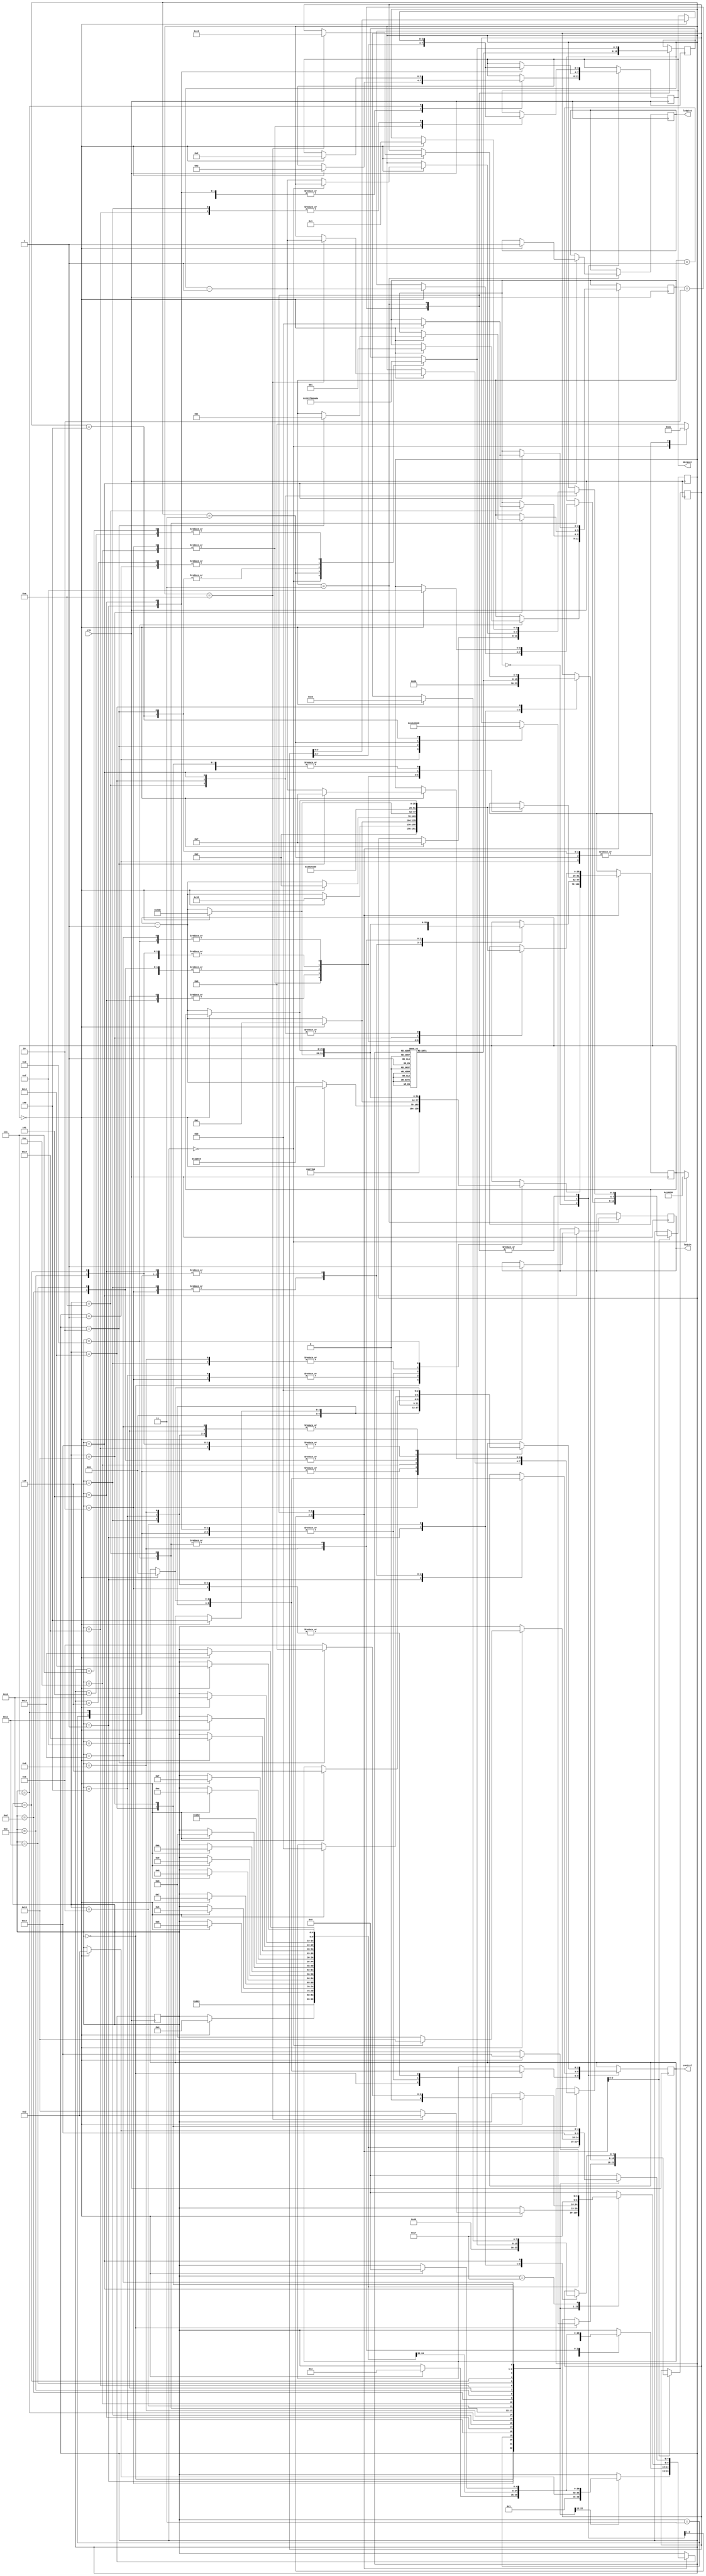
`timescale 1ns / 1ps
//////////////////////////////////////////////////////////////////////////////////
// Company: Daryoush Enterprises
//
//////////////////////////////////////////////////////////////////////////////////
module PowerInit(clk,dataout,control,ledpin,ledpin2);
	input clk;
	output reg [3:0] dataout;//SF_D
	output reg [2:0] control; //LCD_E,LCD_RS,LCD_RW
	reg [7:0]  DR;
	reg [3:0]  sel=4;
	reg [25:0] delay=0;
	reg [2:0]  stage=0;//0=Power Init, 1=Display Config, 2=Writing data, 3=disable
	reg [4:0]  state=0;//state within each stage
	reg [7:0]  MUX;
	output reg ledpin = 0;
	output reg ledpin2 = 0;
	
	
	always @(posedge clk)
	begin
		case(stage)
		0: begin
				case(state)
					//Wait 15 ms or longer, e.g., 750,000 clock cycles at 50 MHz
					0: begin delay <= 750_000; state<=1;  control<=0; 														end

					//SF_D<11:8> = 0x03, LCD_E = high for 12 clock cycles
					1: begin if(delay==0) begin delay<=12; 			state<=2; control<=3'h4; dataout<=4'h3; 	end
								else delay <= delay-1; 																				end

					//Wait 4.1 ms or longer, 205,000 clock cycles
					2: begin if(delay==0) begin delay <= 205_000; 	state<=3; control<=0; 							end
								else delay <= delay-1; 																				end

					//SF_D<11:8>=0x03,LCD_E=high for 12 clock cycles
					3: begin if(delay==0) begin delay<=12; 			state<=4; control<=3'h4; dataout<=4'h3; 	end
								else delay <= delay-1;																				end

					//Wait 100 us or longer, 205,000 clock cycles
					4: begin if(delay==0) begin delay <= 205_000; 	state<=5; control <=0; 							end
								else delay <=delay-1; 																				end

					5: begin if(delay==0) begin delay<=12; 			state<=6; control<=3'h4; dataout<=4'h3; 	end
								else delay <=delay-1; 																				end

					6: begin if(delay==0) begin delay <=2_000;		state<=7; control<=0; 							end
								else delay <=delay-1; 																				end

					7: begin if(delay==0) begin delay<=12; 			state<=8; control<=3'h4; dataout<=4'h2; 	end
								else delay <=delay-1; 																				end

					8: begin if(delay==0) begin delay <= 2_000; 		state<=9; control<=0; 							end
								else delay <=delay-1; 																				end

					9: begin if(delay==0) begin 							state <=0; 			stage<=1; 					end 
								else delay <=delay-1; 																				end
				endcase
			end
	
		1: begin 
				case(state)
					0: begin case(sel)
							0: begin state <=10;	delay<=82_000; end
							1: begin state <=1; 	DR<=8'h01; 		end
							2: begin state <=1; 	DR<=8'h0c; 		end
							3: begin state <=1; 	DR<=8'h06;	 	end
							4: begin state <=1; 	DR<=8'h28;	 	end
							default: state <=0;
						endcase end
					1: begin state <=2; control <=0; dataout <= DR[7:4]; delay <=2; end
					2: begin if (delay==0) begin delay <= 12; 	state <= 3; control <= 3'h4; 						end
								else delay <= delay-1; 																				end
					3: begin if (delay==0) begin delay <= 2; 		state <= 4; control <= 0; 							end
								else delay <= delay-1; 																				end
					4: begin if (delay==0) begin delay <= 50; 	state <= 5; 											end
								else delay <= delay-1; 																				end
					5: begin if (delay==0) begin delay <= 2; 		state <= 6; control <= 0; dataout<=DR[3:0];	end
								else delay <= delay-1; 																				end
					6: begin if (delay==0) begin delay <= 12; 	state <= 7; control <= 3'h4; 						end
								else delay <= delay-1; 																				end
					7: begin if (delay==0) begin delay <= 2; 		state <= 8; control <= 0; 							end
								else delay <= delay-1; 																				end
					8: begin if (delay==0) begin delay <= 2_000; state <= 9; 											end
								else delay <= delay-1; 																				end
					9: begin if (delay==0) begin 						state <= 0; sel<=sel-1;	 							end
								else delay <= delay-1; 																				end
					10:begin if (delay==0) begin 						state <= 0; stage<=2; sel<=15; 					end
								else delay <= delay-1; 																				end
				endcase
			end
	
		2: begin 
			case(sel)
				0: begin MUX = 8'h20; end //space
				1: begin MUX = 8'h00; end //custom cgram bitmap
				2: begin MUX = 8'h68; end //h
				3: begin MUX = 8'h73; end //s
				4: begin MUX = 8'h75; end //u
				5: begin MUX = 8'h6F; end //o
				6: begin MUX = 8'h79; end //y
				7: begin MUX = 8'h72; end //r
				8: begin MUX = 8'h61; end //a
				9: begin MUX = 8'h44; end //D
				10:begin MUX = 8'h6E; end //n
				11:begin MUX = 8'h61; end //a
				12:begin MUX = 8'h79; end //y
				13:begin MUX = 8'h61; end //a
				14:begin MUX = 8'h68; end //h
				15:begin MUX = 8'h53; end //S
			endcase
			// DISPLAYING STAGE
			case(state)
				0: begin state <= 1;																									end

				// setting the starting dd ram address (lcd_rs=0, lcd_rw=0, db7=1, address=0000000
				1: begin state <= 2; DR <=8'h80; 																				end  

				// select first 4 most significant bits of command from state 1
				2: begin state <= 3; control <= 0; dataout <= DR[7:4]; delay <= 2; 									end 

				// LCD_E and LCD_RS high to enable writing to LCD, sends the 4 MSB
				3: begin if(delay==0) begin delay <= 12; 		state<= 4; control<=3'h4; 								end 
						 		else delay <= delay -1 ;																			end

				// turn off LCD_E and LCD_RS
				4: begin if(delay==0) begin delay <= 2; 		state<= 5; control<=0; 									end 
								else delay <= delay -1 ; 																			end
				5: begin if(delay==0) begin delay <= 50 ; 	state<= 6; 													end 
								else delay <= delay -1 ; 																			end

				//set least 4 significant bits
				6: begin if(delay==0) begin delay <= 2;		state <= 7; control <= 0; dataout <=DR[3:0]; 	end 
								else delay <= delay -1 ; 																			end
				7: begin if(delay==0) begin delay <= 12; 		state <= 8; control<=3'h4; 							end
								else delay <= delay -1 ; 																			end
				8: begin if(delay==0) begin delay <= 2; 		state <= 9; control<=0; 								end
								else delay <= delay -1 ; 																			end
				9: begin if(delay==0) begin delay <= 2_000 ; state<= 10; 												end
								else delay <= delay -1 ; 																			end

				//sel=# characters to display
				10:begin if(delay==0) begin 						state<= 11;													end 
								else delay <= delay -1 ; 																			end

				// WRITING DATA TO THE DISPLAY
				11:begin state <= 12; DR <= MUX; 																				end
				12:begin state <= 13; control <= 3'b010; dataout <= DR[7:4]; delay <= 2; 							end
				13:begin if(delay==0)begin delay <= 12; 		state<= 14; control<=3'b110; 							end
							else delay <= delay -1 ;																				end
				14:begin if(delay==0)begin delay <= 2; 		state<= 15; control<=3'b010; 							end
							else delay <= delay -1 ; 																				end
				15:begin if(delay==0)begin delay <= 50 ; 		state<= 16;control<=0;									end
							else delay <= delay -1 ; 																				end
				16:begin if(delay==0)begin delay <= 2; state <= 17; control <= 3'b010; dataout <= DR[3:0]; 	end
							else delay <= delay -1 ; 																				end
				17:begin if(delay==0)begin delay <= 12; 		state<= 18; control<=3'b110; 							end
							else delay <= delay -1 ; 																				end
				18:begin if(delay==0)begin delay <= 2; 		state<= 19; control<=3'b010; 							end
							else delay <= delay -1 ; 																				end
				19:begin if(delay==0)begin delay <= 2_000 ; 	state<= 20; control<=0; 								end
							else delay <= delay -1 ; 																				end
				20:begin if(delay==0) begin 
								if(sel==10) begin DR <=8'hC0; 	state<=2; sel<=sel-1;									end 
							   else 										state<=21;													end
							else delay <= delay-1; 																					end
				21:begin if(delay==0)  begin 
								if(sel==0) begin 						state<= 22; 												end
								if(sel==2) begin 						state<=0;   sel<=7;       stage<=3;					end 
								else begin 								state<= 11; sel<=sel - 1; 								end end
							else begin delay <= delay -1 ; 																		end end

				// DELAY BETWEEN DISPLAYING
				22:begin delay <= 40_000_000; 					state<= 23;  												end
				23:begin if(delay==0)begin 						state<= 22;													end
							else delay <= delay -1 ; 																				end   
				default: 												state <= 0;
			endcase	
		end 		//end of case 2
	
	
		3: begin
			case(sel)
				0: begin MUX = 8'h1B; end//space
				1: begin MUX = 8'h0A; end//space
				2: begin MUX = 8'h04; end//h
				3: begin MUX = 8'h1F; end//s
				4: begin MUX = 8'h04; end//u
				5: begin MUX = 8'h0E; end//o
				6: begin MUX = 8'h0A; end//y
				7: begin MUX = 8'h0E; end//r
			endcase
			// DISPLAYING STAGE
			case(state)
				0: begin state <= 1; 																									end

				// setting the starting DD RAM address (LCD_RS=0, LCD_RW=0, DB7=1, Address=0000000
				1: begin DR <= 8'h40; 									state<=2; 													end

				// select first 4 most significant bits of command from state 1
				2: begin delay <= 2; 		dataout <= DR[7:4]; 	state<=3; control <= 0;   								end 

				// LCD_E and LCD_RS high to enable writing to LCD, sends the 4 MSB
				3: begin if(delay==0) begin delay <= 12; 			state<=4; control<=3'h4; 								end 
						 	else delay <= delay -1 ;																					end

				// turn off LCD_E and LCD_RS
				4: begin if(delay==0) begin delay <= 2; 			state<=5; control<=0; 									end 
						 	else delay <= delay -1 ; 																					end
				5: begin if(delay==0) begin delay <= 50 ; 		state<=6; 													end
						 	else delay <= delay -1 ; 																					end

				//set least 4 significant bits
				6: begin if(delay==0) begin delay <= 2; 			state<=7; control<=0; dataout<=DR[3:0];			end 
						 	else delay <= delay -1 ; 																					end
				7: begin if(delay==0) begin delay <= 12; 			state<=8; control<=3'h4; 								end
						 	else delay <= delay -1 ; 																					end
				8: begin if(delay==0) begin delay <= 2; 			state<=9; control<=0; 									end
						 	else delay <= delay -1 ;																					end
				9: begin if(delay==0) begin delay <= 2_000 ; 	state<=10; 													end
						 	else delay <= delay -1 ; 																					end

				//sel=# characters to display
				10:begin if(delay==0) begin 							state<=11;  sel<=7; 										end 
							else delay <= delay -1 ; 																					end

				// WRITING DATA TO THE DISPLAY
				11:begin DR <= MUX; 										state<=12;													end
				12:begin delay <= 2; control <= 3'b010;			state<=13; dataout <= DR[7:4];  						end
				13:begin if(delay==0) begin delay <= 12; 			state<=14; control<=3'b110; 							end
						 else delay <= delay -1 ;																						end
				14:begin if(delay==0) begin delay <= 2; 			state<=15; control<=3'b010; 							end
						 else delay <= delay -1 ; 																						end
				15:begin if(delay==0) begin delay <= 50;	 		state<=16; control<=0; 									end
						 else delay <= delay -1 ; 																						end
				16:begin if(delay==0) begin delay <= 2;			state<=17; control<=3'b010; dataout<=DR[3:0]; 	end
						 else delay <= delay -1 ; 																						end
				17:begin if(delay==0) begin delay <= 12; 			state<=18; control<=3'b110; 							end
						 else delay <= delay -1 ; 																						end
				18:begin if(delay==0) begin delay <= 2; 			state<=19; control<=3'b010; 							end
						 else delay <= delay -1 ; 																						end
				19:begin if(delay==0) begin delay <= 2_000;	 	state<=20; control<=0; 									end
						 else delay <= delay -1 ; 																						end
				20:begin if(delay==0) begin 
								if(sel==0) 									state<=21;
								else begin 									state<=11; sel<=sel-1;	 								end end
			 				else delay <= delay -1 ; 																					end

				// DELAY BETWEEN DISPLAYING
				21:begin state <= 22; delay <= 40_000_000; 																		end
				22:begin if(delay==0) begin ledpin=1; ledpin2=1;state<=2; stage<=2; DR<=8'hCE; sel<=1;				end
			 				else delay <= delay -1 ; 																					end   
				default: 													state<=0;
			endcase
		end 	//end of case 3

		endcase
	end
endmodule